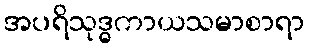
အပရိသုဒ္ဓကာယသမာစာရာ